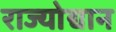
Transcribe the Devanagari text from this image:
राज्योद्यान